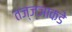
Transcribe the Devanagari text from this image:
तज्‍ज्ञाकडे